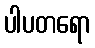
ပါပတရော